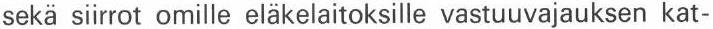
sekä siirrot omille eläkelaitoksille vastuuvajauksen kat-